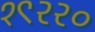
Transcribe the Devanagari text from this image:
१९२२०